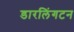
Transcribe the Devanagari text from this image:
डारलिंगटन